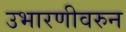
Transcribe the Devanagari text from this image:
उभारणीवरुन